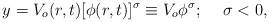
\begin{align*}y=V_o(r,t)[\phi(r,t)]^\sigma\equiv V_o\phi^\sigma;\hspace*{5mm}\sigma<0,\end{align*}